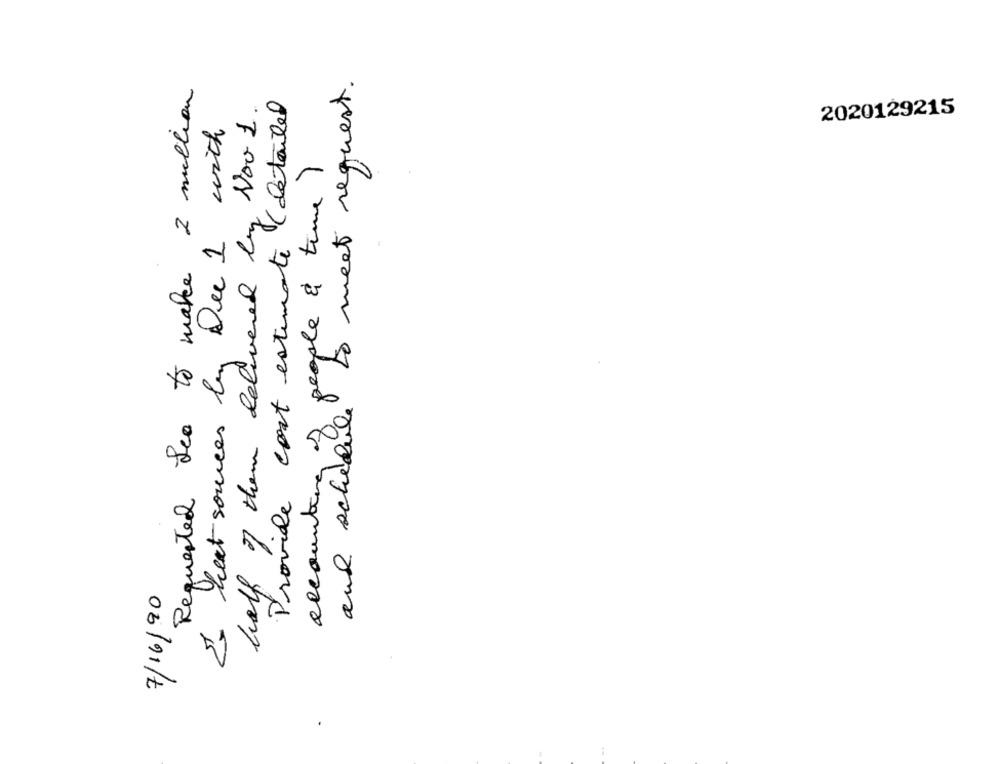
to meet request.
Requested See to make 2 million
half of them delivered by Nov 1.
Provide cost estimate (detailed
2020129215
I heat sources by Dee 1 with
accounting of people & time)
and schedu
7/16/90